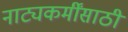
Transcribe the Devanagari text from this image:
नाट्यकर्मींसाठी